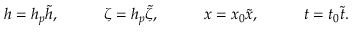
\begin{array} { r l r l r l r } { h = h _ { p } \tilde { h } , \quad } & { { } } & { \zeta = h _ { p } \tilde { \zeta } , \quad } & { { } } & { x = x _ { 0 } \tilde { x } , \quad } & { { } } & { t = t _ { 0 } \tilde { t } . } \end{array}